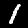
Digit: 1